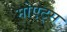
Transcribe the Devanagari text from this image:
मोएट्स